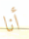
أنا